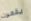
يقعون